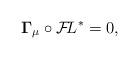
LaTeX: \begin{align*}{\bf\Gamma}_\mu \circ{\cal F}\!L^* = 0, \end{align*}